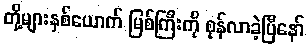
တို့များနှစ်ယောက် မြစ်ကြီးကို စုန်လာခဲ့ပြီနော်